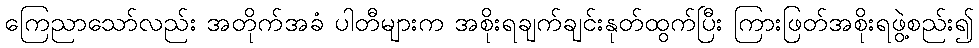
ကြေညာသော်လည်း အတိုက်အခံ ပါတီများက အစိုးရချက်ချင်းနုတ်ထွက်ပြီး ကြားဖြတ်အစိုးရဖွဲ့စည်း၍